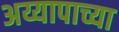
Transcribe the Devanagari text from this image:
अय्यापाच्या